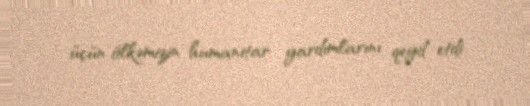
üçün ölkəmizin humanitar yardımlarını qeyd etdi.